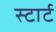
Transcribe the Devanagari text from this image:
स्‍टार्ट